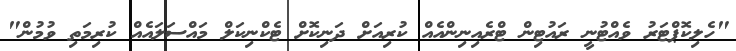
"ހެލިކޮޕްޓަރު ވެއްޓުނީ ރައުޓިން ޓްރެއިނިންއެއް ކުރިއަށް ދަނިކޮށް ޓެކްނިކަލް މައްސަލައެއް ކުރިމަތި ވުމުން"